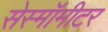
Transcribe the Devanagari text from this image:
सेस्मॉमीटर